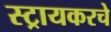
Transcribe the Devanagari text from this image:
स्ट्रायकरचे